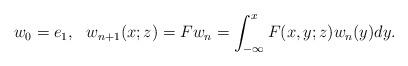
LaTeX: \begin{align*}&w_0=e_1, \ \ w_{n+1}(x;z)= Fw_n = \int_{- \infty}^x F(x,y;z)w_n(y)dy.\end{align*}